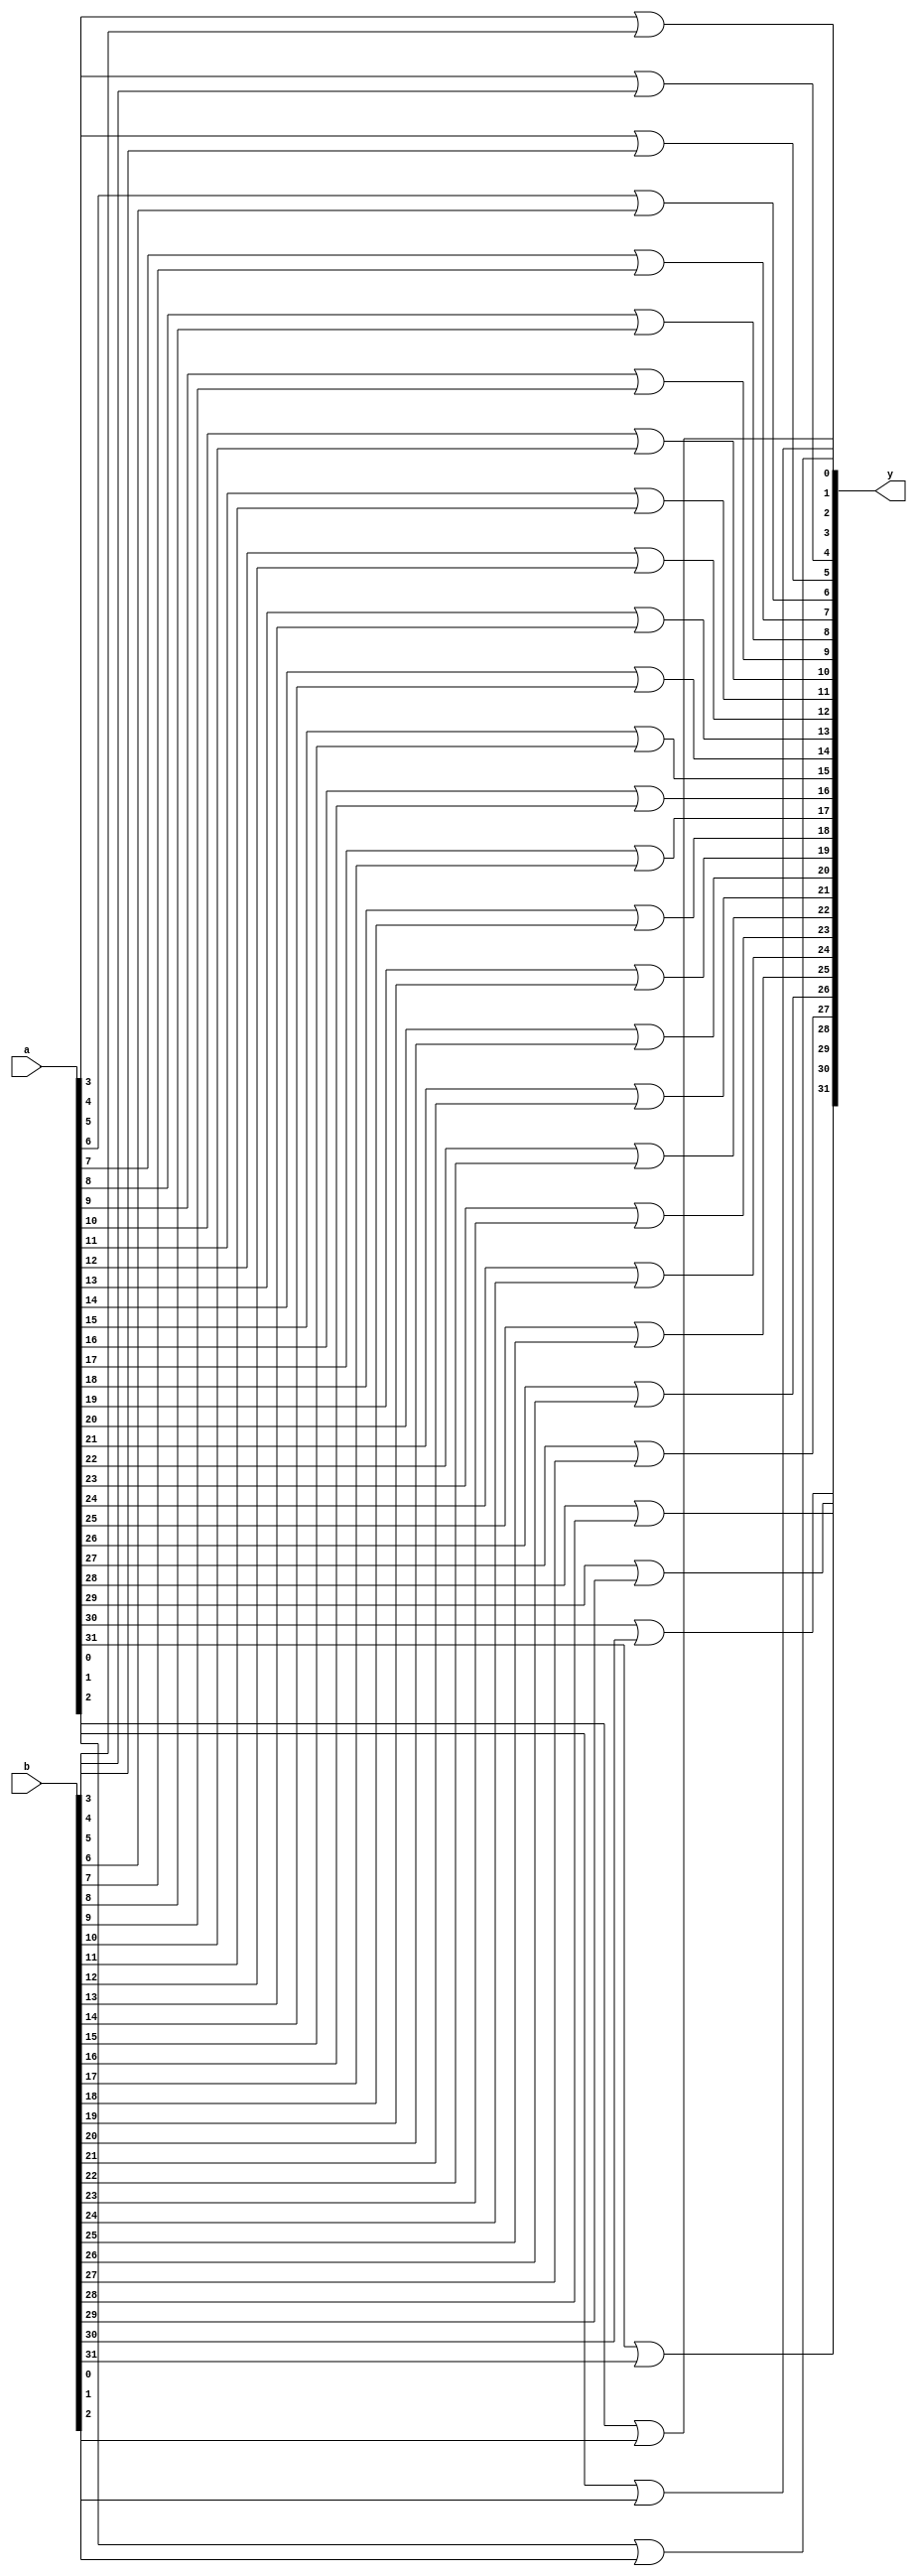
//`include "or.v"
module or_all
(
    input [31:0] a, b,
    output [31:0] y 
);
    or d0(y[0],a[0],b[0]);
    or d1(y[1],a[1],b[1]);
    or d2(y[2],a[2],b[2]);
    or d3(y[3],a[3],b[3]);
    or d4(y[4],a[4],b[4]);
    or d5(y[5],a[5],b[5]);
    or d6(y[6],a[6],b[6]);
    or d7(y[7],a[7],b[7]);
    or d8(y[8],a[8],b[8]);
    or d9(y[9],a[9],b[9]);
    or d10(y[10],a[10],b[10]);
    or d11(y[11],a[11],b[11]);
    or d12(y[12],a[12],b[12]);
    or d13(y[13],a[13],b[13]);
    or d14(y[14],a[14],b[14]);
    or d15(y[15],a[15],b[15]);
    or d16(y[16],a[16],b[16]);
    or d17(y[17],a[17],b[17]);
    or d18(y[18],a[18],b[18]);
    or d19(y[19],a[19],b[19]);
    or d20(y[20],a[20],b[20]);
    or d21(y[21],a[21],b[21]);
    or d22(y[22],a[22],b[22]);
    or d23(y[23],a[23],b[23]);
    or d24(y[24],a[24],b[24]);
    or d25(y[25],a[25],b[25]);
    or d26(y[26],a[26],b[26]);
    or d27(y[27],a[27],b[27]);
    or d28(y[28],a[28],b[28]);
    or d29(y[29],a[29],b[29]);
    or d30(y[30],a[30],b[30]);
    or d31(y[31],a[31],b[31]); 
endmodule